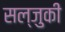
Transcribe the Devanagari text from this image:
सल्जुकी